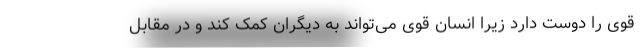
قوی را دوست دارد زیرا انسان قوی می‌تواند به دیگران کمک کند و در مقابل